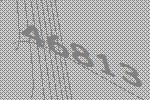
46813